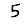
Digit: 5